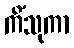
ကိံသုကာ